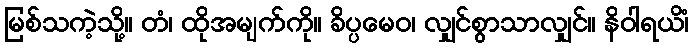
မြစ်သကဲ့သို့။ တံ၊ ထိုအမျက်ကို။ ခိပ္ပမေဝ၊ လျှင်စွာသာလျှင်။ နိဝါရယိံ၊